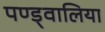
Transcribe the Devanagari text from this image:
पण्ड्वालिया